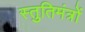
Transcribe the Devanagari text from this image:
स्तुतिमंत्रों